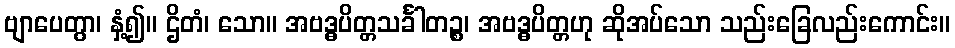
ဗျာပေတွာ၊ နှံ့၍။ ဌိတံ၊ သော။ အဗဒ္ဓပိတ္တသင်္ခါတဉ္စ၊ အဗဒ္ဓပိတ္တဟု ဆိုအပ်သော သည်းခြေလည်းကောင်း။